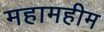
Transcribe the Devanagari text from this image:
महामहीम